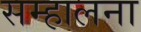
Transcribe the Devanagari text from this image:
सम्हालना